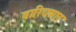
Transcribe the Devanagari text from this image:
वारियसार